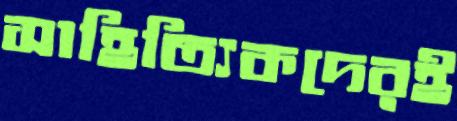
সাহিত্যিকদেরই